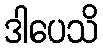
ဒါပေသိ